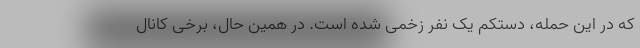
که در این حمله، دستکم یک نفر زخمی شده است. در همین حال، برخی کانال